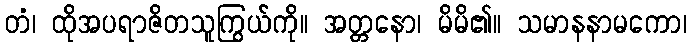
တံ၊ ထိုအပရာဇိတသူကြွယ်ကို။ အတ္တနော၊ မိမိ၏။ သမာနနာမကော၊